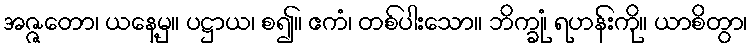
အဇ္ဇတော၊ ယနေ့မှ။ ပဋ္ဌာယ၊ စ၍။ ဧကံ၊ တစ်ပါးသော။ ဘိက္ခုံ၊ ရဟန်းကို။ ယာစိတွာ၊